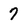
Character: 7